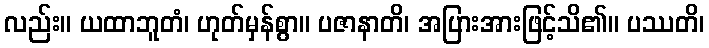
လည်း။ ယထာဘူတံ၊ ဟုတ်မှန်စွာ။ ပဇာနာတိ၊ အပြားအားဖြင့်သိ၏။ ပဿတိ၊